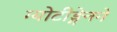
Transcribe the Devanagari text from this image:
ग्योटीङ्गेनने